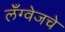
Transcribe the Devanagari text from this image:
लँग्वेजचे